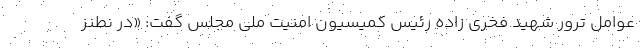
عوامل ترور شهید فخری زاده رئیس کمیسیون امنیت ملی مجلس گفت: «در نطنز